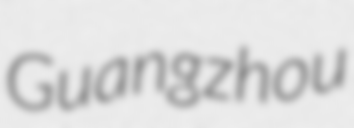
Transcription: Guangzhou